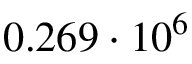
0 . 2 6 9 \cdot 1 0 ^ { 6 }